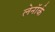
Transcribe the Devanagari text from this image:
लेनॉर्क